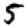
Digit: 5